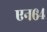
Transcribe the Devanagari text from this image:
एन६४